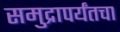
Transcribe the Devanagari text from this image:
समुद्रापर्यंतचा